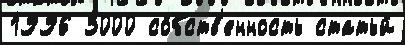
1996 3000 со́бств'енность статьи́